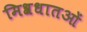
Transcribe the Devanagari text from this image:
मिश्रधातओं